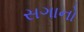
સગાનો